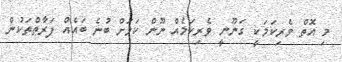
މި އޮތް ވެރިކަމަކީ ގަނޫނީ ވެރިކަމެއް ނޫން ކަމަށް ބުނެ ބައެއް ފަރާތްތަކުން